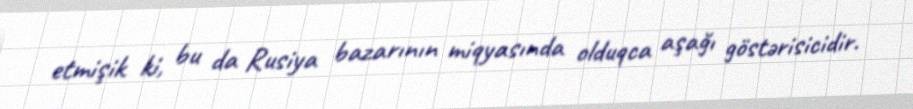
etmişik ki, bu da Rusiya bazarının miqyasında olduqca aşağı göstərisicidir.